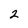
Character: 2